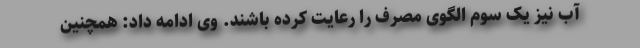
آب نیز یک سوم الگوی مصرف را رعایت کرده باشند. وی ادامه داد: همچنین